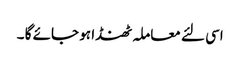
اسی لئے معاملہ ٹھنڈا ہو جائے گا ۔